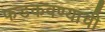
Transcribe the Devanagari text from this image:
फडकवण्याची